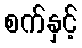
စက်နှင့်